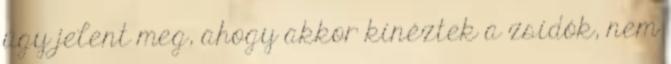
úgy jelent meg, ahogy akkor kinéztek a zsidók, nem